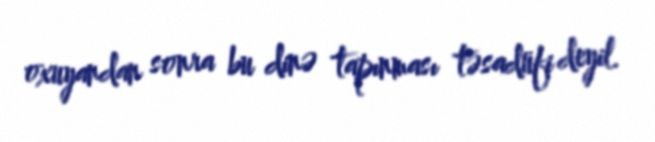
oxuyandan sonra bu dinə tapınması təsadüfi deyil.